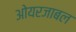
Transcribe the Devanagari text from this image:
ओयरजाबल